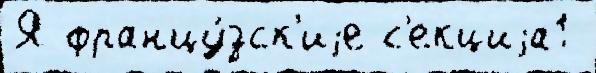
Я францу́зск'иjе с'екциjа1